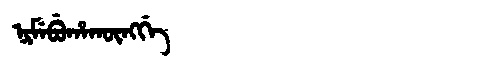
Manchu: ᠨᡳᠮᡝᠪᡠᡥᠠᡴᡡᠩᡤᡝ
Romanization: NIMEBUHAKŪNGGE